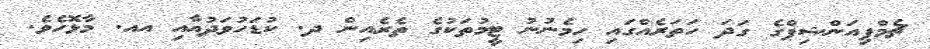
ޗެމްޕިއަންޝިޕްގެ ގަދަ ހަތަރެއްގައި ހިމެނުނު ޓީމުތަކުގެ ތެރެއިން ދ. ކުޑަހުވަދުއާއި އއ. މާޅޮހެވެ.